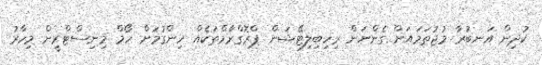
ކުދިން އަނބުރާ މުޖުތަމައަށް ގެންނަން ރިހިބިލިޓޭޝަން ޕްރޮގްރާމްތަކެއް ހިންގުމަށް ހޯމް މިނިސްޓްރީން މިހާރު